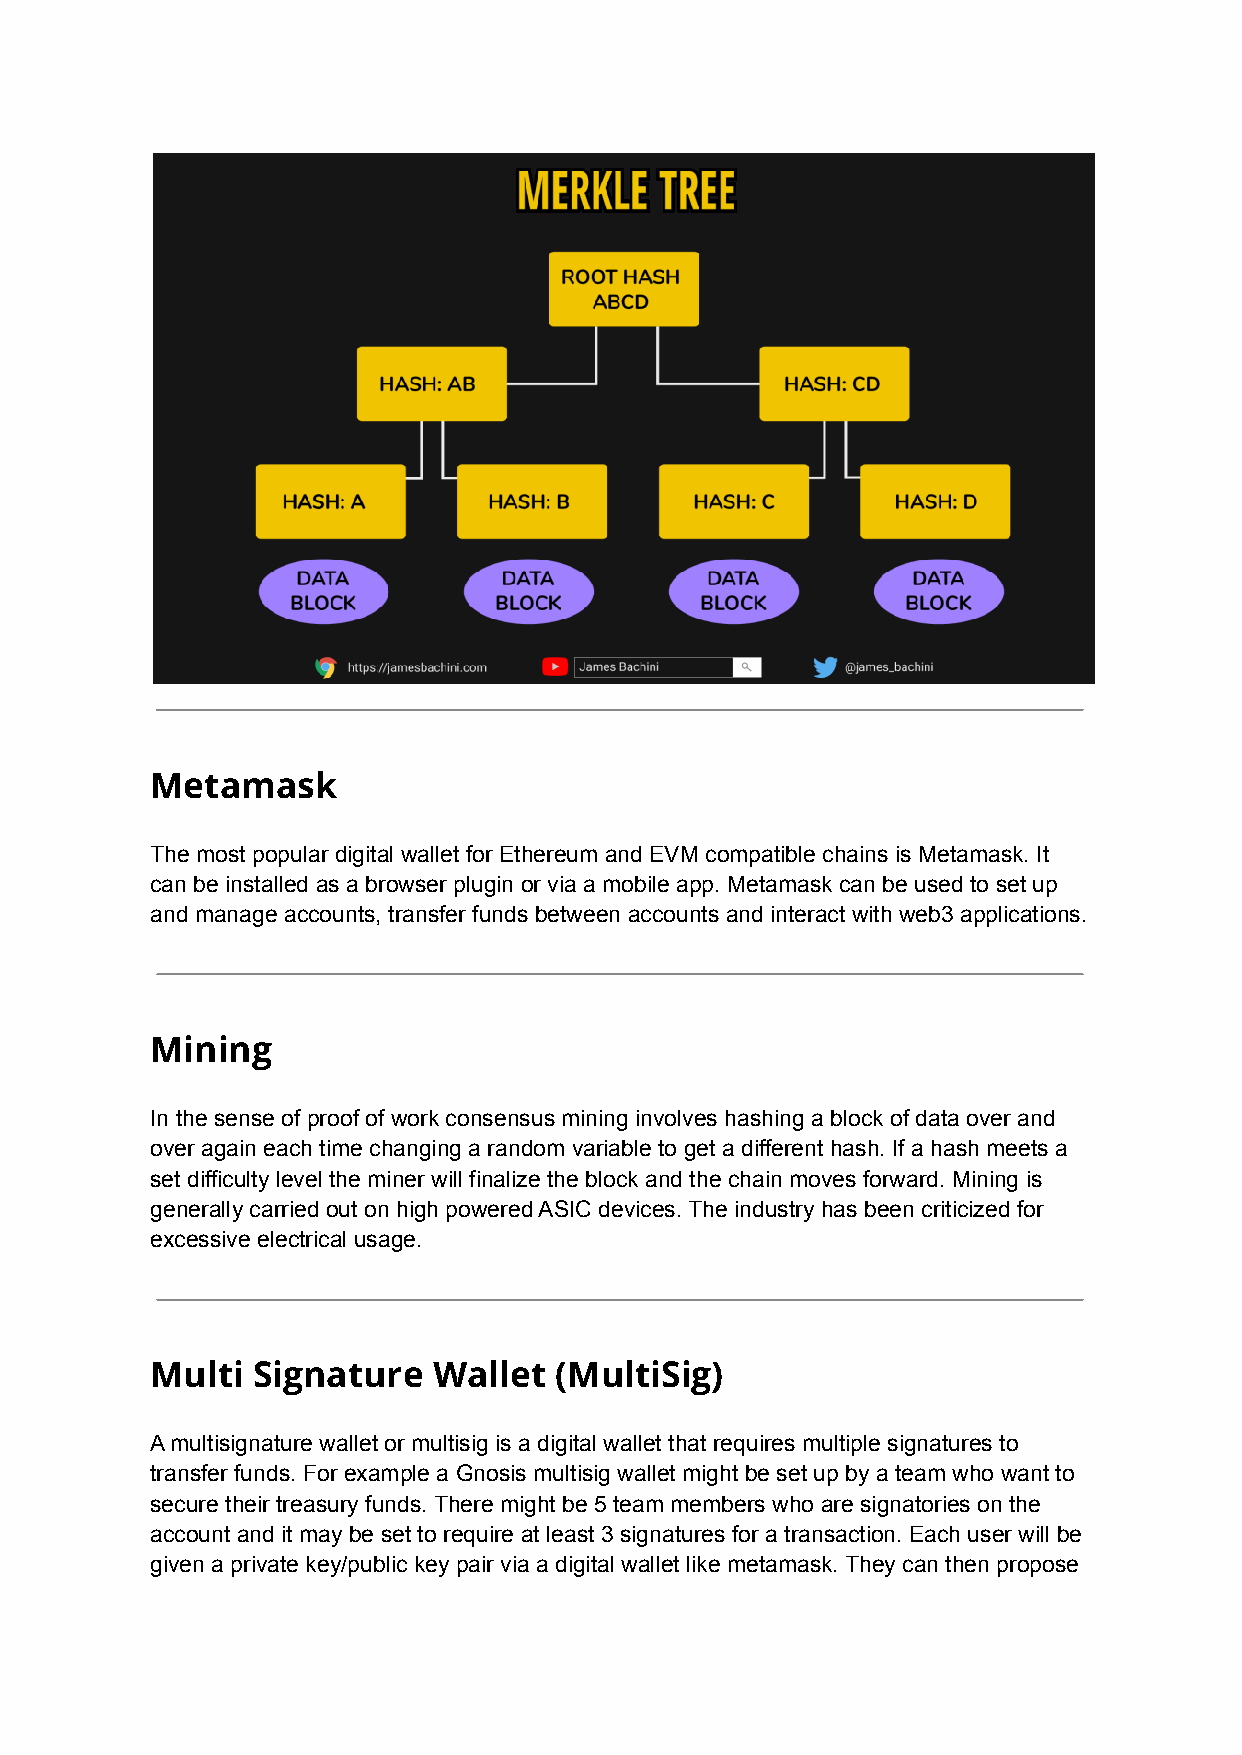
Metamask
 The most popular digital wallet for Ethereum and EVM compatible chains is Metamask. It
 can be installed as a browser plugin or via a mobile app. Metamask can be used to set up
 and manage accounts, transfer funds between accounts and interact with web3 applications.
 Mining
 In the sense of proof of work consensus mining involves hashing a block of data over and
 over again each time changing a random variable to get a different hash. If a hash meets a
 set difficulty level the miner will finalize the block and the chain moves forward. Mining is
 generally carried out on high powered ASIC devices. The industry has been criticized for
 excessive electrical usage.
 Multi  Signature   Wallet  (MultiSig)
 A multisignature wallet or multisig is a digital wallet that requires multiple signatures to
 transfer funds. For example a Gnosis multisig wallet might be set up by a team who want to
 secure their treasury funds. There might be 5 team members who are signatories on the
 account and it may be set to require at least 3 signatures for a transaction. Each user will be
 given a private key/public key pair via a digital wallet like metamask. They can then propose